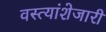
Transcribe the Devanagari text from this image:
वस्त्यांशेजारी